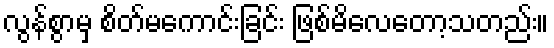
လွန်စွာမှ စိတ်မကောင်းခြင်း ဖြစ်မိလေတော့သတည်း။